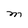
Character: M